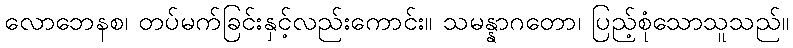
လောဘေနစ၊ တပ်မက်ခြင်းနှင့်လည်းကောင်း။ သမန္နာဂတော၊ ပြည့်စုံသောသူသည်။